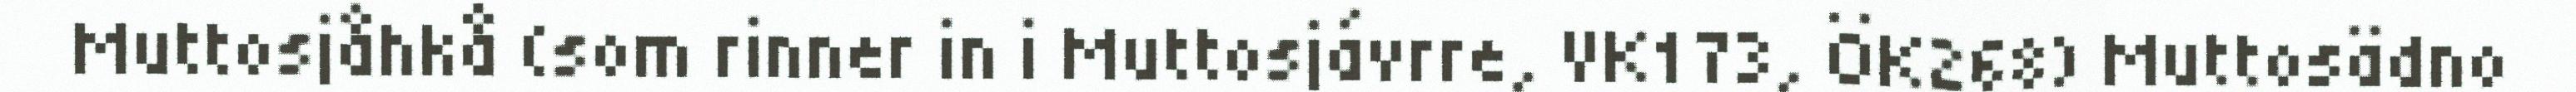
Muttosjåhkå (som rinner in i Muttosjávrre, VK173, ÖK268) Muttosädno